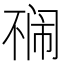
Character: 𱍡